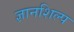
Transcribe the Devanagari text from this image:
ज्ञानशिल्प